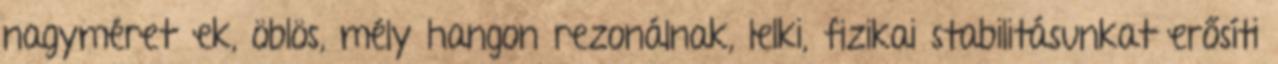
nagyméretűek, öblös, mély hangon rezonálnak, lelki, fizikai stabilitásunkat erősíti